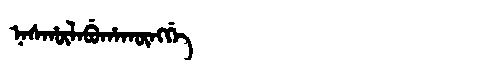
Manchu: ᠨᠠᠰᡥᡡᠯᠠᠪᡠᡥᠠᡴᡡᠩᡤᡝ
Romanization: NASHŪLABUHAKŪNGGE